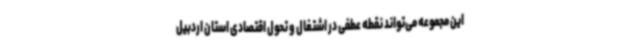
این مجموعه می‌تواند نقطه عطفی در اشتغال و تحول اقتصادی استان اردبیل